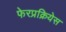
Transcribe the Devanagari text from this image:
फेरप्रक्रियेस